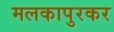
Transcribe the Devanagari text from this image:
मलकापुरकर